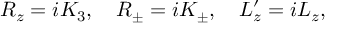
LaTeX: R _ { z } = i K _ { 3 } , \quad R _ { \pm } = i K _ { \pm } , \quad L _ { z } ^ { \prime } = i L _ { z } ,